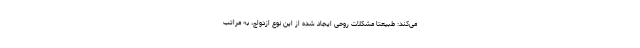
می‌کند: طبیعتاً مشکلات روحی ایجاد شده از این نوع ازدواج، به مراتب